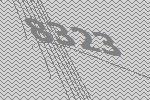
8323